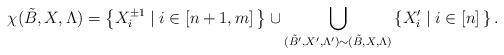
LaTeX: \begin{align*}\chi(\tilde{B},X,\Lambda) = \left\{ X_{i}^{\pm 1}\;|\; i \in [n+1,m] \, \right\} \cup \bigcup_{ (\tilde{B}',X',\Lambda') \sim (\tilde{B},X,\Lambda)} \left \{X_i' \;|\; i\in [n] \,\right \}.\end{align*}